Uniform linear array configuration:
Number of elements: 4
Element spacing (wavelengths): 0.75
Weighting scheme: hann
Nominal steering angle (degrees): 45
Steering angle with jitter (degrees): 44.485
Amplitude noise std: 0.05
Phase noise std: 0.05

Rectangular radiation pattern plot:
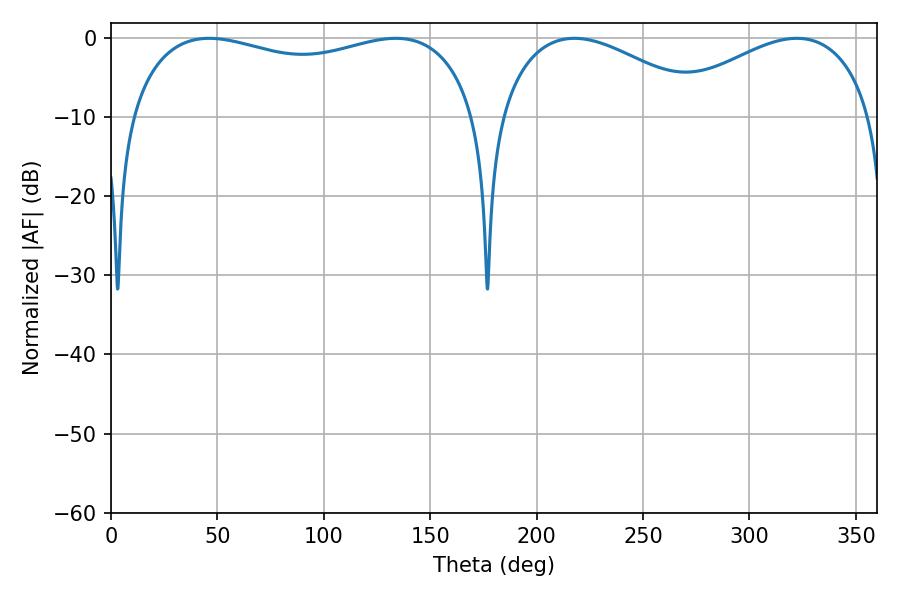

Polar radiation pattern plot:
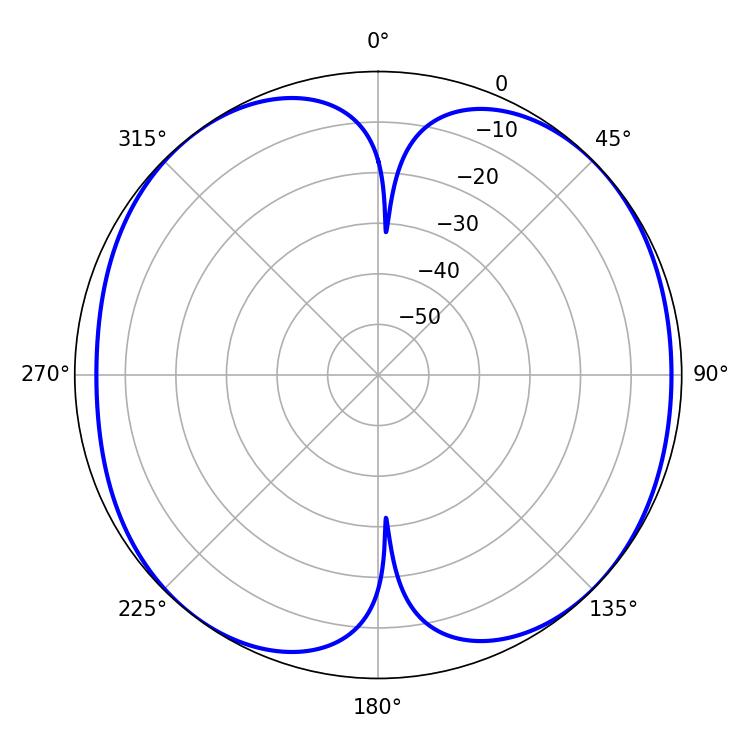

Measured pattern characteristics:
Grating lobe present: TRUE
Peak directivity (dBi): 9.498
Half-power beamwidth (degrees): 54.72
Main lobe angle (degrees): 217.8